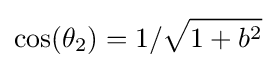
\cos(\theta _{2})=1/{\sqrt {1+b^{2}}}